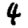
Digit: 4